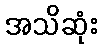
အသိဆုံး